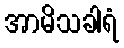
အာမိသခါရံ